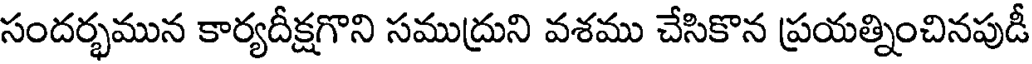
సందర్భమున కార్యదీక్షగొని సముద్రుని వశము చేసికొన ప్రయత్నించినపుడీ